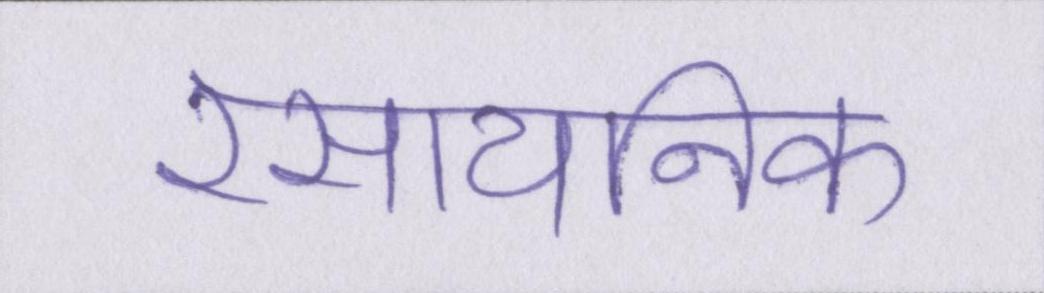
रसायनिक